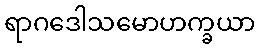
ရာဂဒေါသမောဟက္ခယာ